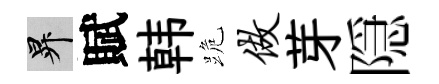
升賦韩跪做芽隠